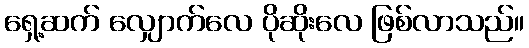
ရှေ့ဆက် လျှောက်လေ ပိုဆိုးလေ ဖြစ်လာသည်။